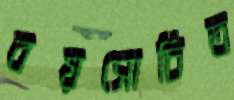
বয়সোচিত